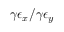
\gamma \epsilon _ { x } / \gamma \epsilon _ { y }